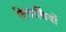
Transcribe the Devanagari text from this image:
विद्यार्थिंयों